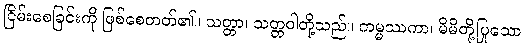
ငြိမ်းစေခြင်းကို ဖြစ်စေတတ်၏။ သတ္တာ၊ သတ္တဝါတို့သည်။ ကမ္မဿကာ၊ မိမိတို့ပြုသော